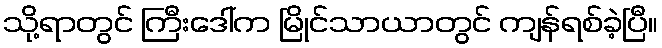
သို့ရာတွင် ကြီးဒေါ်က မြိုင်သာယာတွင် ကျန်ရစ်ခဲ့ပြီ။